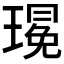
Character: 𪼚